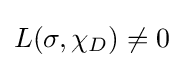
{\textstyle L(\sigma ,\chi _{D})\neq 0}